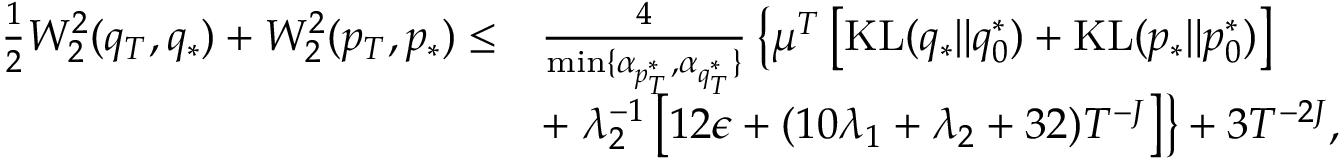
\begin{array} { r l } { \frac { 1 } { 2 } W _ { 2 } ^ { 2 } ( q _ { T } , q _ { * } ) + W _ { 2 } ^ { 2 } ( p _ { T } , p _ { * } ) \leq } & { \frac { 4 } { \operatorname* { m i n } \{ \alpha _ { p _ { T } ^ { * } } , \alpha _ { q _ { T } ^ { * } } \} } \left\{ \mu ^ { T } \left[ \mathrm { K L } ( q _ { * } \| q _ { 0 } ^ { * } ) + \mathrm { K L } ( p _ { * } \| p _ { 0 } ^ { * } ) \right] \right. } \\ & { + \left. \lambda _ { 2 } ^ { - 1 } \left[ 1 2 \epsilon + ( 1 0 \lambda _ { 1 } + \lambda _ { 2 } + 3 2 ) T ^ { - J } \right] \right\} + 3 T ^ { - 2 J } , } \end{array}